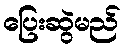
ပြေးဆွဲမည်